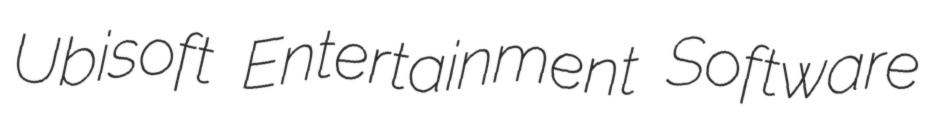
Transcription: Ubisoft Entertainment Software